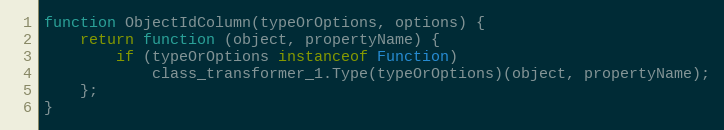
Language: JavaScript
function ObjectIdColumn(typeOrOptions, options) {
    return function (object, propertyName) {
        if (typeOrOptions instanceof Function)
            class_transformer_1.Type(typeOrOptions)(object, propertyName);
    };
}